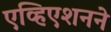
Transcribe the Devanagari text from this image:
एव्हिएशनने